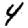
Digit: 4